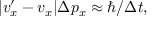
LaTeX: | v _ { x } ^ { \prime } - v _ { x } | \Delta p _ { x } \approx \hbar / \Delta t ,